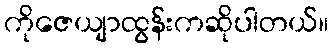
ကိုဇေယျာထွန်းကဆိုပါတယ်။